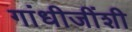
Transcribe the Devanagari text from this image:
गांधीजींशी